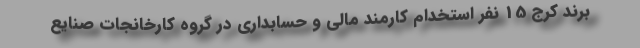
برند کرج 15 نفر استخدام کارمند مالی و حسابداری در گروه کارخانجات صنایع